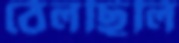
ঠেলছিলি